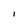
Character: l